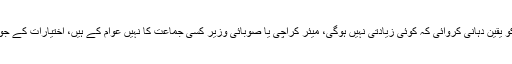
وزیر بلدیات نے کہا کہ میں نے میئر کراچی کو یقین دہانی کروائی کہ کوئی زیادتی نہیں ہوگی، میئر کراچی یا صوبائی وزیر کسی جماعت کا نہیں عوام کے ہیں، اختیارات کے جو مسائل ہیں ان پر کوئی لڑائی جھگڑا نہیں ہوگا۔